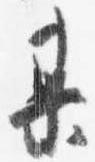
某